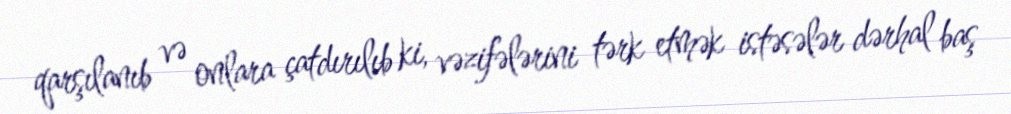
qarşılanıb və onlara çatdırılıb ki, vəzifələrini tərk etmək istəsələr dərhal baş